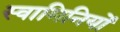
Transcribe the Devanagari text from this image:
स्वामिनियों